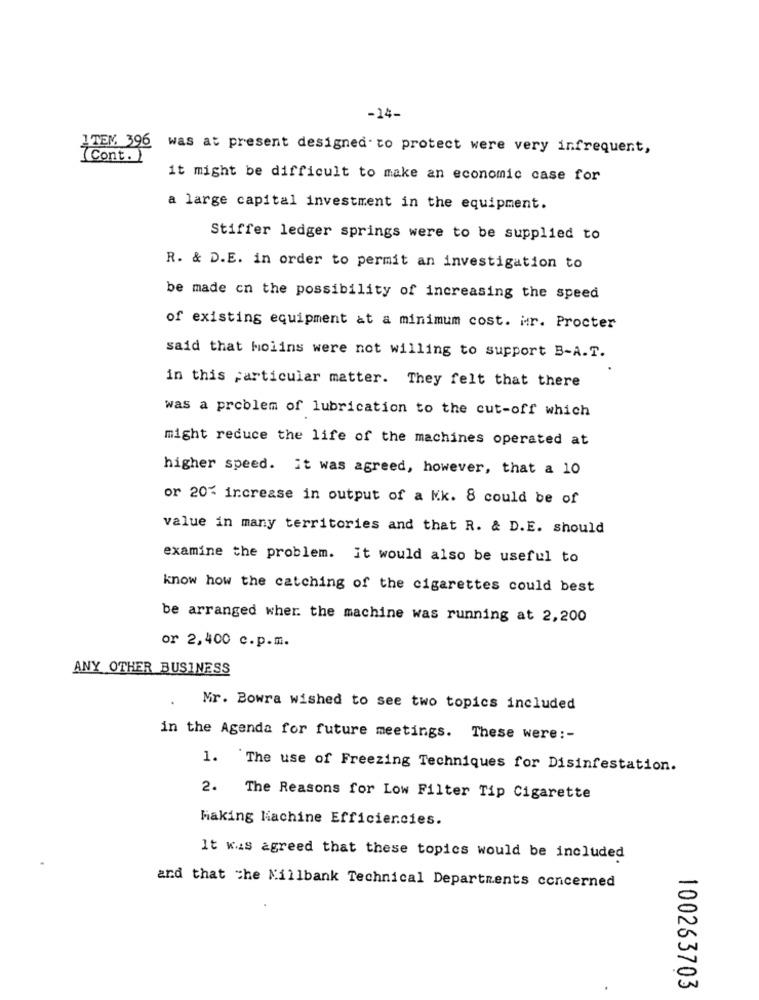
-14-
ITEM 396 was at present designed. to protect were very infrequent,
(Cont. )
it might be difficult to make an economic case for
a large capital investment in the equipment.
Stiffer ledger springs were to be supplied to
R. & D.E. in order to permit an investigation to
be made cn the possibility of increasing the speed
of existing equipment at a minimum cost. ir. Procter
said that Molins were not willing to support B-A.T.
in this particular matter. They felt that there
was a problem of lubrication to the cut-off which
might reduce the life of the machines operated at
higher speed. it was agreed, however, that a 10
or 20% increase in output of a Kk. 8 could be of
value in many territories and that R. & D.E. should
examine the problem. it would also be useful to
know how the catching of the cigarettes could best
be arranged wher the machine was running at 2,200
or 2,400 c.p.m.
ANY OTHER BUSINESS
Mr. Bowra wished to see two topics included
in the Agenda for future meetings. These were :-
1. The use of Freezing Techniques for Disinfestation.
2. The Reasons for Low Filter Tip Cigarette
Making Machine Efficiencies.
It was agreed that these topics would be included
and that the Millbank Technical Departments concerned
100263703